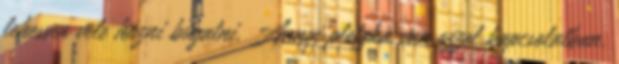
lehessen vele húzni búgatni. Annyi pletyka van ezzel kapcsolatban,